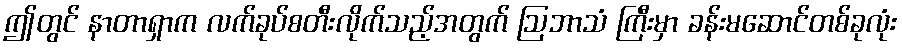
ဤတွင် နာတာရှာက လက်ခုပ်စတီးလိုက်သည့်အတွက် ဩဘာသံ ကြီးမှာ ခန်းမဆောင်တစ်ခုလုံး